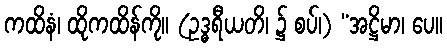
ကထိနံ၊ ထိုကထိန်ကို။ (ဥဒ္ဓရီယတိ၊ ၌ စပ်၊) “အဋ္ဌိမာ၊ ပေ။